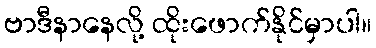
ဗာဒီနာနေလို့ ထိုးဖောက်နိုင်မှာပါ။